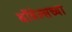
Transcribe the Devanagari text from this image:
बॉवेल्सच्या